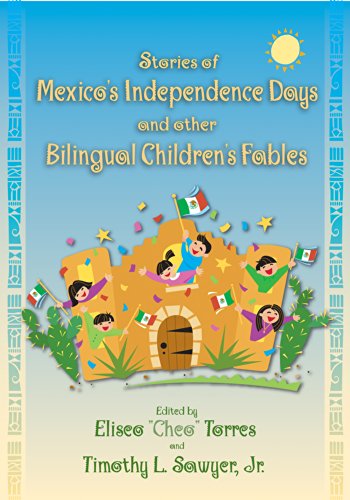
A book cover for Stories of Mexico's Independence Days and Other Bilingual Children's Fables; Eliseo "Cheo" Torres; Children's Books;